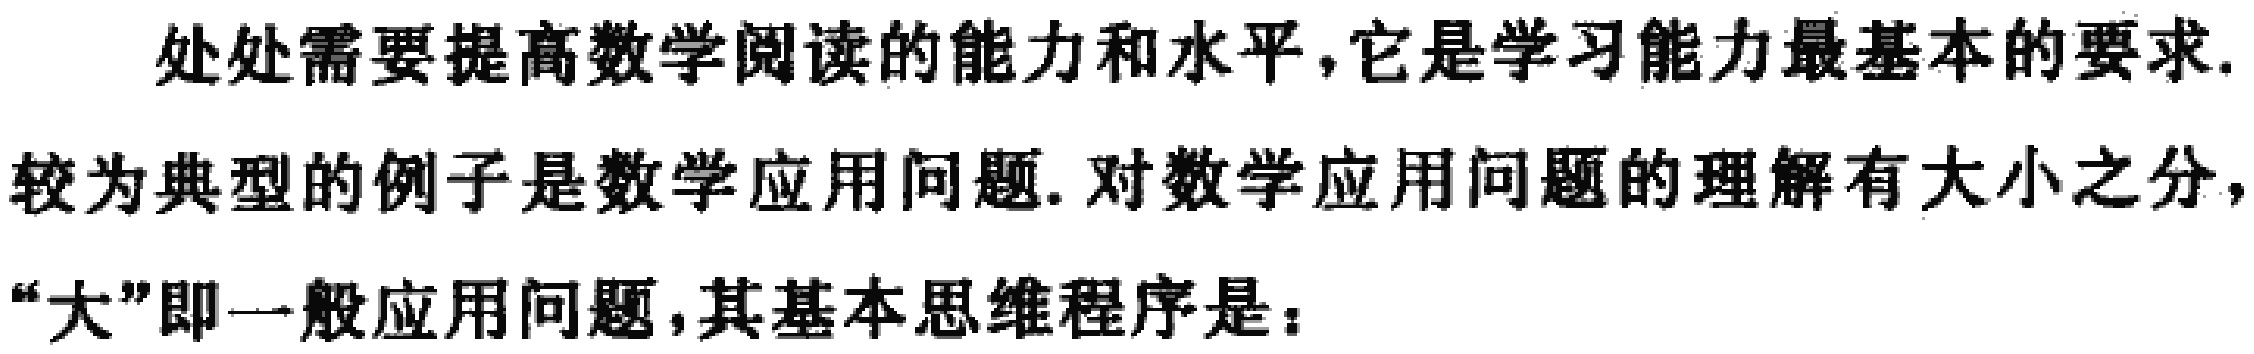
处处需要提高数学阅读的能力和水平,它是学习能力最基本的要求.较为典型的例子是数学应用问题. 对数学应用问题的理解有大小之分,“大”即一般应用问题,其基本思维程序是：